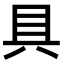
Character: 具